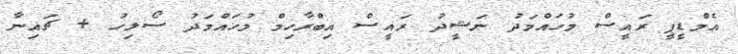
އެމްޑީޕީ ރައީސް މުހައްމަދު ނަޝީދު ރައީސް އިބްރާހިމް މުހައްމަދު ސޯލިހު + ޗައިނާ